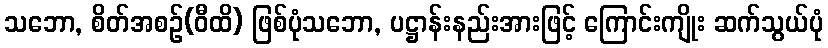
သဘော, စိတ်အစဉ်(ဝီထိ) ဖြစ်ပုံသဘော, ပဋ္ဌာန်းနည်းအားဖြင့် ကြောင်းကျိုး ဆက်သွယ်ပုံ